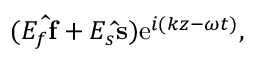
( E _ { f } \mathbf { \hat { f } } + E _ { s } \mathbf { \hat { s } } ) \mathrm { e } ^ { i ( k z - \omega t ) } ,